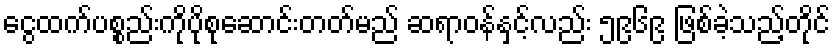
ငွေထက်ပစ္စည်းကိုပိုစုဆောင်းတတ်မည် ဆရာဝန်နှင့်လည်း ၅၉၆၉ ဖြစ်ခဲ့သည့်တိုင်